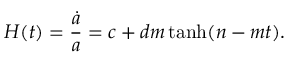
H ( t ) = \frac { \dot { a } } { a } = c + d m \operatorname { t a n h } ( n - m t ) .